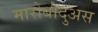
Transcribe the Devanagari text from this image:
मारोबोदुअस